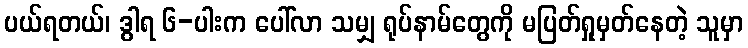
ပယ်ရတယ်၊ ဒွါရ ၆-ပါးက ပေါ်လာ သမျှ ရုပ်နာမ်တွေကို မပြတ်ရှုမှတ်နေတဲ့ သူမှာ